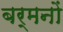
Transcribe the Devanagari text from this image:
बर्मनों